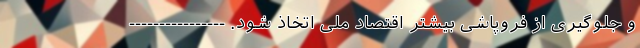
و جلوگیری از فروپاشی بیشتر اقتصاد ملی اتخاذ شود. ----------------